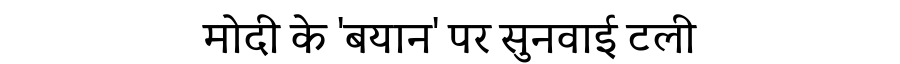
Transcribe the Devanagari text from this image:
मोदी के 'बयान' पर सुनवाई टली